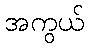
အကွယ်